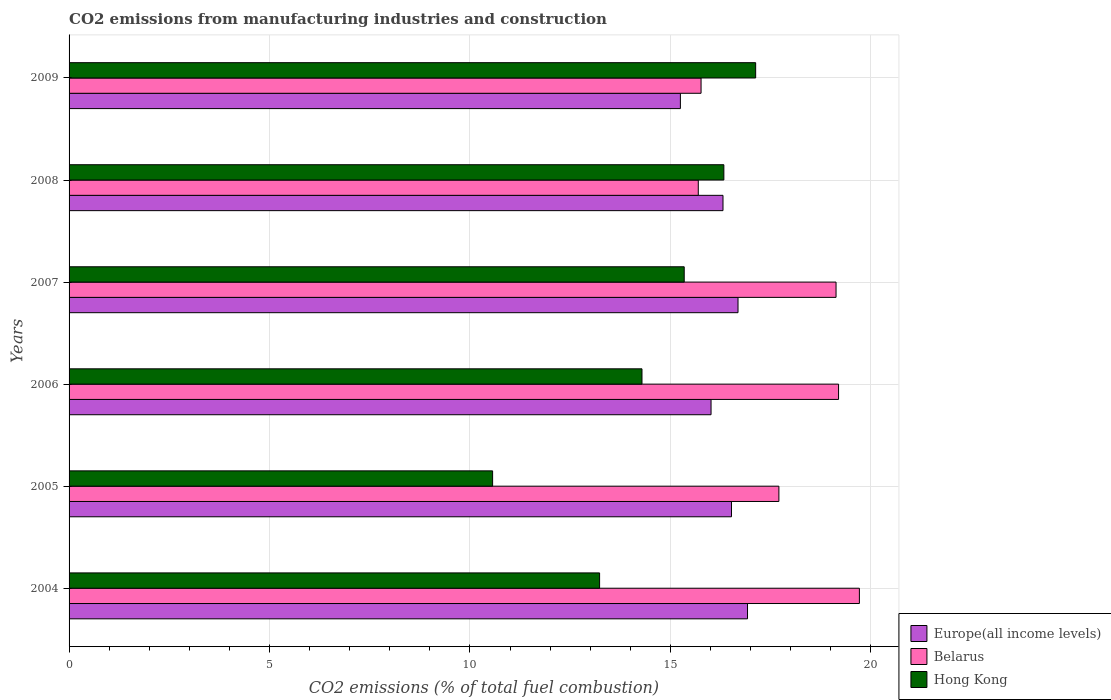
| Years | Europe(all income levels) | Belarus | Hong Kong |
 | --- | --- | --- | --- |
 | 2004 | 16.9 | 19.7 | 13.2 |
 | 2005 | 16.5 | 17.7 | 10.6 |
 | 2006 | 16 | 19.2 | 14.3 |
 | 2007 | 16.7 | 19.1 | 15.3 |
 | 2008 | 16.3 | 15.7 | 16.3 |
 | 2009 | 15.3 | 15.8 | 17.1 |